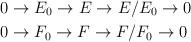
LaTeX: \begin{align*} &0\to E_0\to E\to E\slash E_0\to 0 \\ &0\to F_0\to F\to F\slash F_0\to 0 \end{align*}